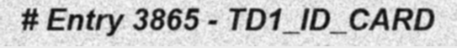
# Entry 3865 - TD1_ID_CARD